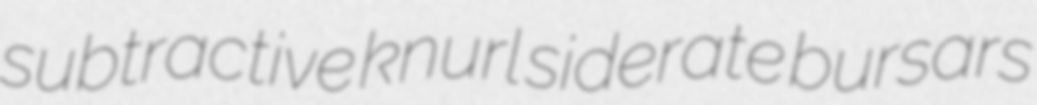
subtractive knurl siderate bursars